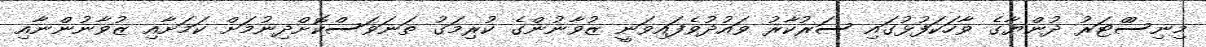
މިނިސްްޓަރު ދުންޔާގެ ވާހަކަފުޅުގައި ސަރުކާރު ވައުދުވެފައިވަނީ ޒުވާނުންގެ ކުރިމަގު ތަނަވަސްކޮށްދިނުމަށް ކަމަށާއި ޒުވާނުންނާއި